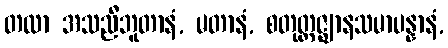
တထာ အသညီဘူတာနံ, မတာနံ, စတုတ္ထဇ္ဈာနသမာပန္နာနံ,